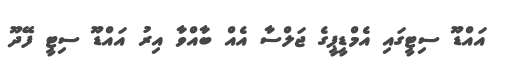
އައްޑޫ ސިޓީގައި އެމްޑީޕީގެ ޖަލްސާ އެއް ބާއްވާ އިރު އައްޑޫ ސިޓީ ފޭދޫ